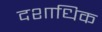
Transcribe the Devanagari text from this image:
दशाधिक